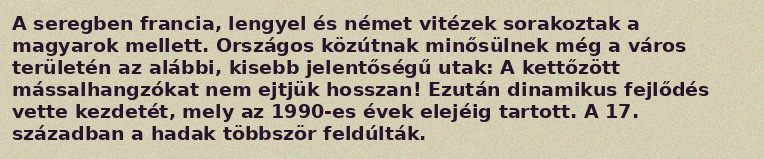
A seregben francia, lengyel és német vitézek sorakoztak a magyarok mellett. Országos közútnak minősülnek még a város területén az alábbi, kisebb jelentőségű utak: A kettőzött mássalhangzókat nem ejtjük hosszan! Ezután dinamikus fejlődés vette kezdetét, mely az 1990-es évek elejéig tartott. A 17. században a hadak többször feldúlták.